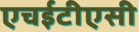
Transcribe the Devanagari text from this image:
एचईटीएसी